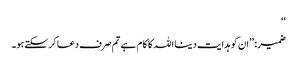
‘‘
ضمیر: ’’ان کو ہدایت دینا اللہ کا کام ہے تم صرف دعا کرسکتے ہو۔